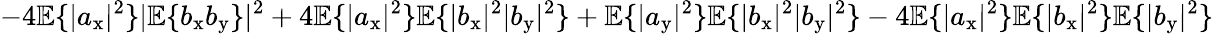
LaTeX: -4\mathbb{E}\{ |a_{\mathrm{x}}|^{2}\} |\mathbb{E}\{ b_{\mathrm{x}}b_{\mathrm{y}}\} |^{2}+4\mathbb{E}\{ |a_{\mathrm{x}}|^{2}\} \mathbb{E}\{ |b_{\mathrm{x}}|^{2}|b_{\mathrm{y}}|^{2}\} +\mathbb{E}\{ |a_{\mathrm{y}}|^{2}\} \mathbb{E}\{ |b_{\mathrm{x}}|^{2}|b_{\mathrm{y}}|^{2}\} -4\mathbb{E}\{ |a_{\mathrm{x}}|^{2}\} \mathbb{E}\{ |b_{\mathrm{x}}|^{2}\} \mathbb{E}\{ |b_{\mathrm{y}}|^{2}\}